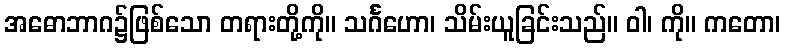
အဓောဘာဂ၌ဖြစ်သော တရားတို့ကို။ သင်္ဂဟော၊ သိမ်းယူခြင်းသည်။ ဝါ၊ ကို။ ကတော၊